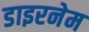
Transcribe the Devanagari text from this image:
डाइरनेम